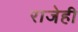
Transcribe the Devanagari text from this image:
राजेही